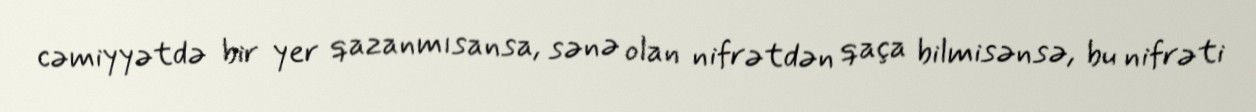
cəmiyyətdə bir yer qazanmısansa, sənə olan nifrətdən qaça bilmisənsə, bu nifrəti